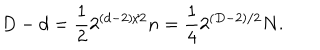
D - d = \frac { 1 } { 2 } 2 ^ { ( d - 2 ) / 2 } n = \frac { 1 } { 4 } 2 ^ { ( D - 2 ) / 2 } N .